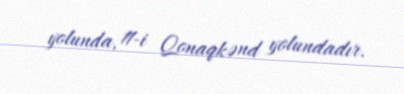
yolunda, 11-i Qonaqkənd yolundadır.